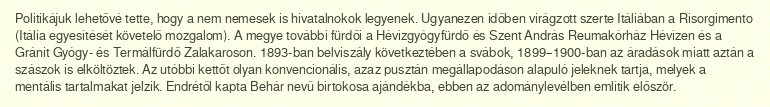
Politikájuk lehetővé tette, hogy a nem nemesek is hivatalnokok legyenek. Ugyanezen időben virágzott szerte Itáliában a Risorgimento (Itália egyesítését követelő mozgalom). A megye további fürdői a Hévízgyógyfürdő és Szent András Reumakórház Hévízen és a Gránit Gyógy- és Termálfürdő Zalakaroson. 1893-ban belviszály következtében a svábok, 1899–1900-ban az áradások miatt aztán a szászok is elköltöztek. Az utóbbi kettőt olyan konvencionális, azaz pusztán megállapodáson alapuló jeleknek tartja, melyek a mentális tartalmakat jelzik. Endrétől kapta Behár nevű birtokosa ajándékba, ebben az adománylevélben említik először.